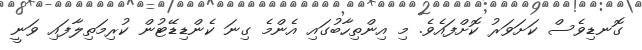
ގޮނޑިވެސް ކަށަވަރު ކޮށްފައެވެ. މި އިންތިހާބުގައި އެންމެ ގިނަ ކެންޑިޑޭޓުން ކުރިމަތިލާފައި ވަނީ